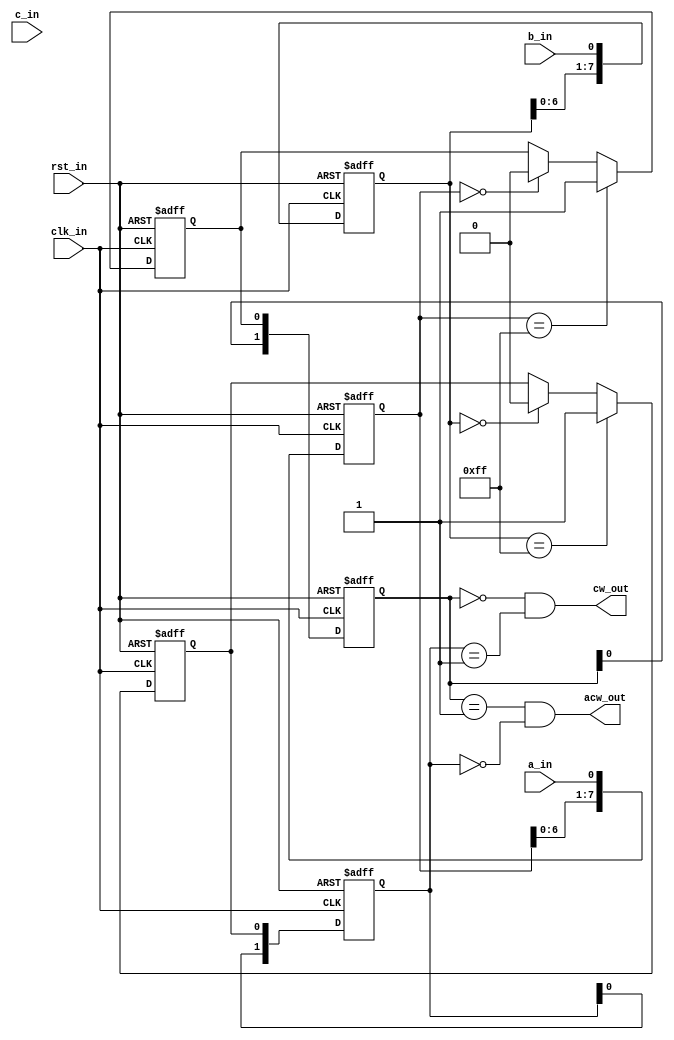
module quadenc(
			input clk_in,
			input rst_in,
			input a_in,
			input b_in,
			input c_in,
			output cw_out,
			output acw_out
    );
	
	reg [7:0] a_buff,b_buff;
	reg a_valid,b_valid;
	reg [1:0] a_reg,b_reg;
	wire clk_sample,clk_sys;
	
	assign clk_sample=clk_in;
	assign clk_sys=clk_in;
	
	//debounser
	always@(posedge (clk_sample),negedge(rst_in)) begin
		if(!rst_in) begin
			a_buff<=8'd0;
			b_buff<=8'd0;
			a_valid<=1'b0;
			b_valid<=1'b0;
		end
		else begin
			a_buff[7:1]<=a_buff[6:0];
			a_buff[0]<=a_in;
			b_buff[7:1]<=b_buff[6:0];
			b_buff[0]<=b_in;
			if(a_buff==8'b11111111) begin
				a_valid<=1;
			end
			else begin
				if(a_buff==8'b00000000) begin
					a_valid<=0;
				end
			end
			if(b_buff==8'b11111111) begin
				b_valid<=1;
			end
			else begin
				if(b_buff==8'b00000000) begin
					b_valid<=0;
				end
			end
		end
	end
	
	//decoder
	always@(posedge (clk_sys),negedge(rst_in)) begin
		if(!rst_in) begin
			a_reg<=2'd0;
			b_reg<=2'd0;
		end
		else begin
			a_reg[1]<=a_reg[0];
			a_reg[0]<=a_valid;
			b_reg[1]<=b_reg[0];
			b_reg[0]<=b_valid;
		end
	end
	
	assign  cw_out = (a_reg==2'b00)&&(b_reg==2'b01);
	assign acw_out = (a_reg==2'b01)&&(b_reg==2'b00);
	
endmodule